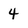
Character: 4